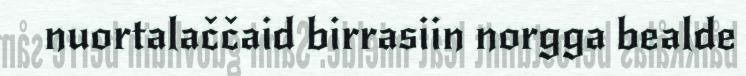
nuortalaččaid birrasiin norgga bealde